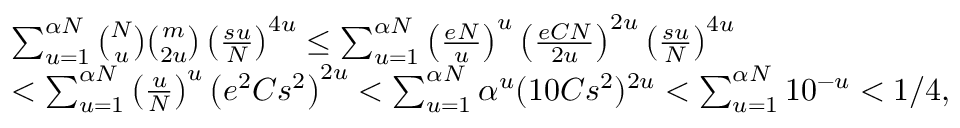
\begin{array} { r l } & { \sum _ { u = 1 } ^ { \alpha N } { \binom { N } { u } } { \binom { m } { 2 u } } \left( \frac { s u } { N } \right) ^ { 4 u } \le \sum _ { u = 1 } ^ { \alpha N } \left( \frac { e N } { u } \right) ^ { u } \left( \frac { e C N } { 2 u } \right) ^ { 2 u } \left( \frac { s u } { N } \right) ^ { 4 u } } \\ & { < \sum _ { u = 1 } ^ { \alpha N } \left( \frac { u } { N } \right) ^ { u } \left( e ^ { 2 } C s ^ { 2 } \right) ^ { 2 u } < \sum _ { u = 1 } ^ { \alpha N } \alpha ^ { u } ( 1 0 C s ^ { 2 } ) ^ { 2 u } < \sum _ { u = 1 } ^ { \alpha N } 1 0 ^ { - u } < 1 / 4 , } \end{array}